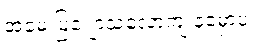
အမေ ပြျောသလောကျ နမှောပဲ။